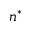
n ^ { * }